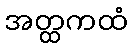
အတ္ထကထံ